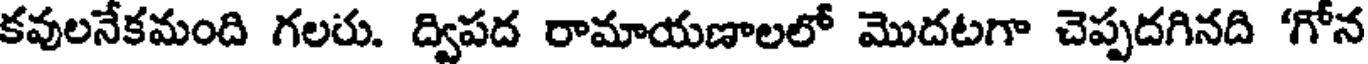
కవులనేకమంది గలరు. ద్విపద రామాయణాలలో మొదటగా చెప్పదగినది 'గోన